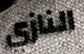
النازي